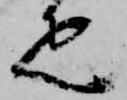
疋